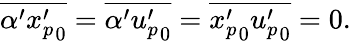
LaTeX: \begin{array}{r}{\overline{{\alpha^{\prime}{x_{p}^{\prime}}_{0}}}=\overline{{\alpha^{\prime}{u_{p}^{\prime}}_{0}}}=\overline{{{x_{p}^{\prime}}_{0}{u_{p}^{\prime}}_{0}}}=0.}\end{array}